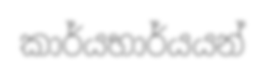
කාර්යභාර්යයන්